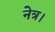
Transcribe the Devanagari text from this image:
नेत्र।